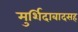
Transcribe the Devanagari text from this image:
मुर्शिदाबादसह